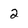
Character: 2